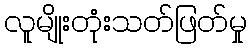
လူမျိုးတုံးသတ်ဖြတ်မှု